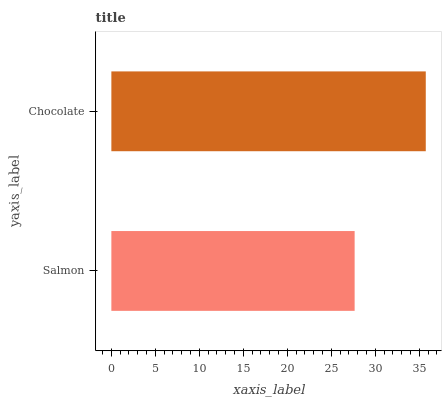
| yaxis_label | bars |
 | --- | --- |
 | Salmon | 27.6 |
 | Chocolate | 35.7 |